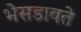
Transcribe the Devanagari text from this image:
भेसडावते